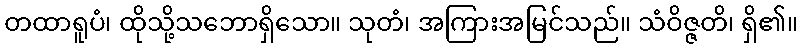
တထာရူပံ၊ ထိုသို့သဘောရှိသော။ သုတံ၊ အကြားအမြင်သည်။ သံဝိဇ္ဇတိ၊ ရှိ၏။